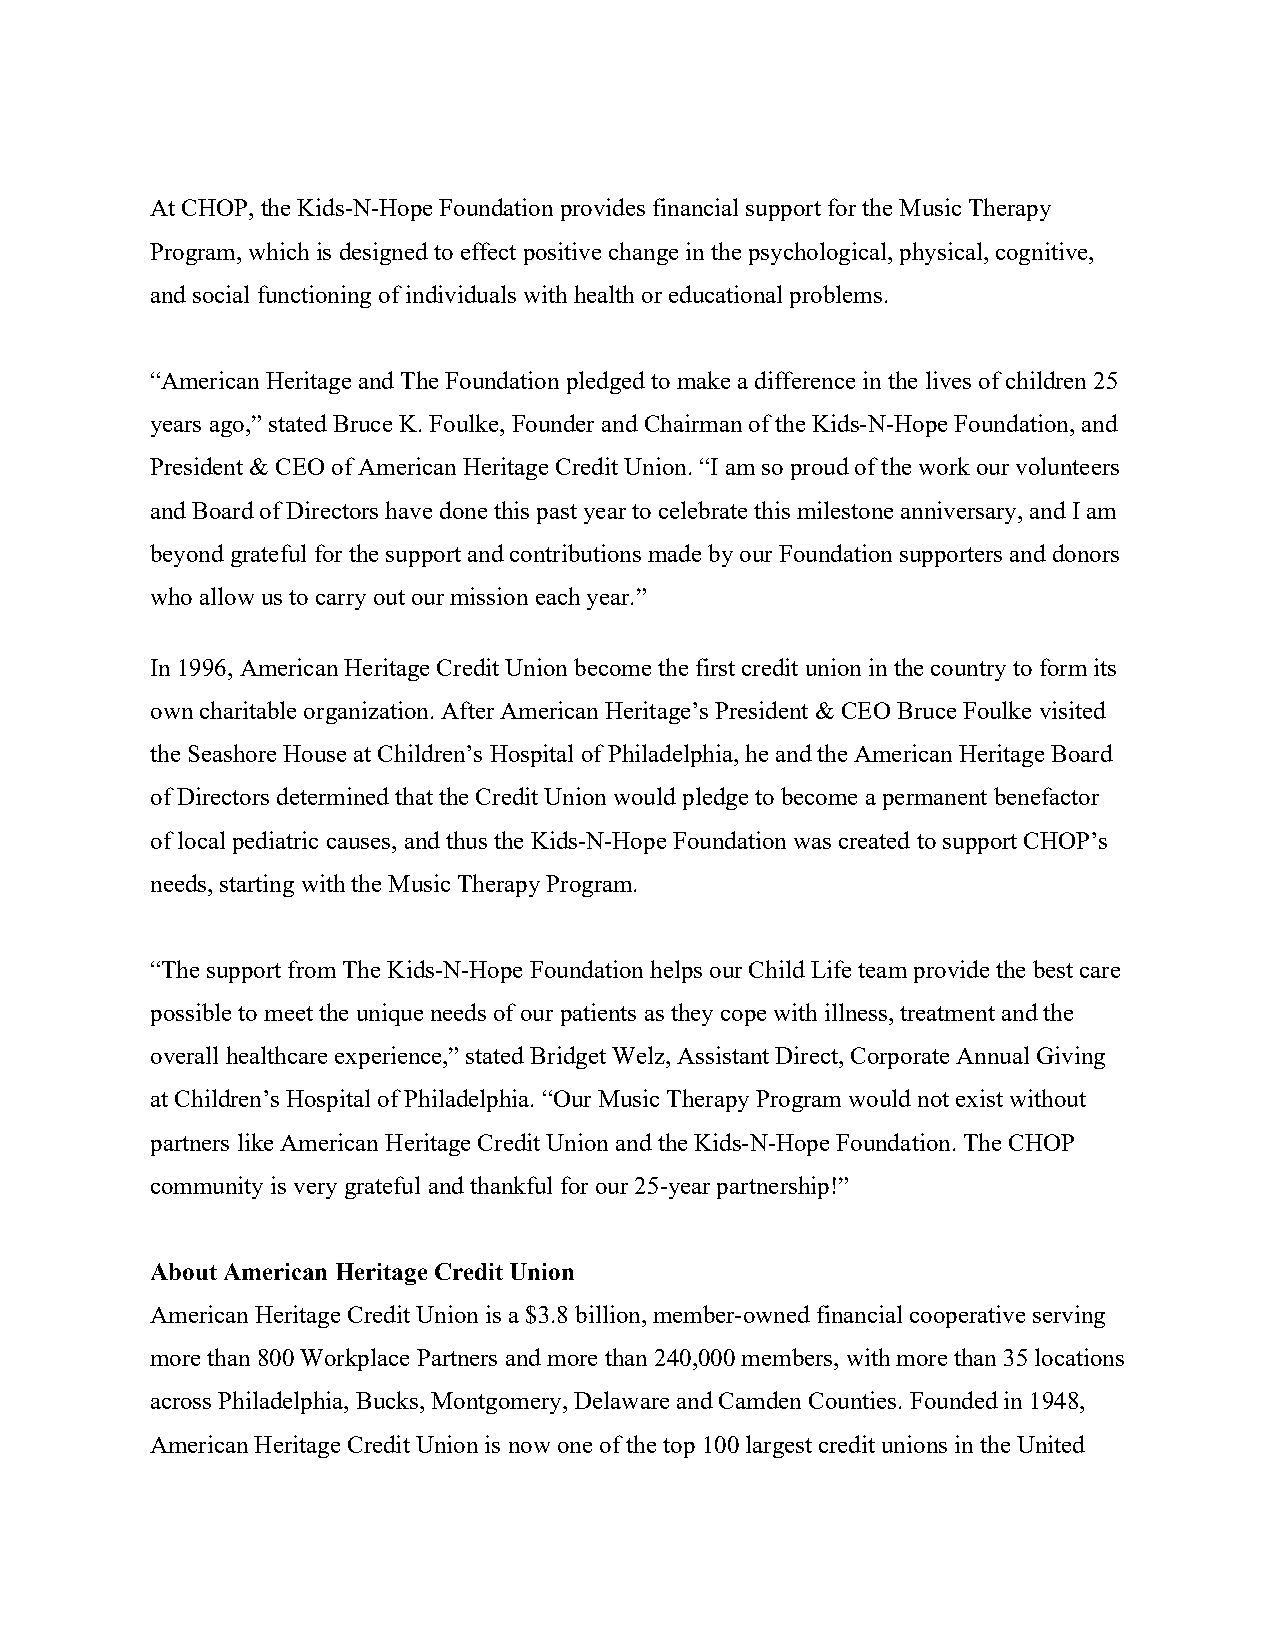
At CHOP, the Kids-N-Hope Foundation provides financial support for the Music Therapy
 Program, which is designed to effect positive change in the psychological, physical, cognitive,
 and social functioning of individuals with health or educational problems.
 “American Heritage and The Foundation pledged to make a difference in the lives of children 25
 years ago,” stated Bruce K. Foulke, Founder and Chairman of the Kids-N-Hope Foundation, and
 President & CEO of American Heritage Credit Union. “I am so proud of the work our volunteers
 and Board of Directors have done this past year to celebrate this milestone anniversary, and I am
 beyond grateful for the support and contributions made by our Foundation supporters and donors
 who allow us to carry out our mission each year.”
 In 1996, American Heritage Credit Union become the first credit union in the country to form its
 own charitable organization. After American Heritage’s President & CEO Bruce Foulke visited
 the Seashore House at Children’s Hospital of Philadelphia, he and the American Heritage Board
 of Directors determined that the Credit Union would pledge to become a permanent benefactor
 of local pediatric causes, and thus the Kids-N-Hope Foundation was created to support CHOP’s
 needs, starting with the Music Therapy Program.
 “The support from The Kids-N-Hope Foundation helps our Child Life team provide the best care
 possible to meet the unique needs of our patients as they cope with illness, treatment and the
 overall healthcare experience,” stated Bridget Welz, Assistant Direct, Corporate Annual Giving
 at Children’s Hospital of Philadelphia. “Our Music Therapy Program would not exist without
 partners like American Heritage Credit Union and the Kids-N-Hope Foundation. The CHOP
 community is very grateful and thankful for our 25-year partnership!”
 About American Heritage Credit Union
 American Heritage Credit Union is a $3.8 billion, member-owned financial cooperative serving
 more than 800 Workplace Partners and more than 240,000 members, with more than 35 locations
 across Philadelphia, Bucks, Montgomery, Delaware and Camden Counties. Founded in 1948,
 American Heritage Credit Union is now one of the top 100 largest credit unions in the United